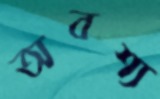
অবশ্য